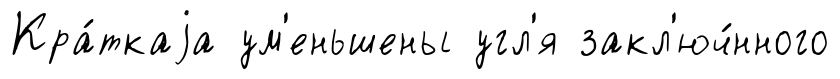
Кра́ткаjа ум'еньшены угл'я закл'юч́нного